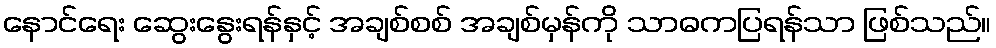
နောင်ရေး ဆွေးနွေးရန်နှင့် အချစ်စစ် အချစ်မှန်ကို သာဓကပြရန်သာ ဖြစ်သည်။